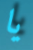
يا